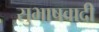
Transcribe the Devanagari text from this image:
सुभाषवादी